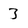
Character: 3